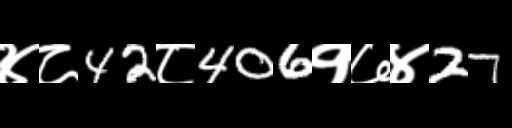
Text: ४८42८406१७४27